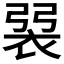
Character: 𧙭